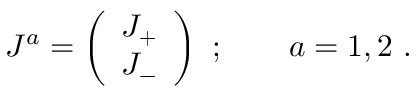
J ^ { a } = \left( \begin{array} { c } { { J _ { + } } } \\ { { J _ { - } } } \end{array} \right) \ ; \qquad a = 1 , 2 \ .